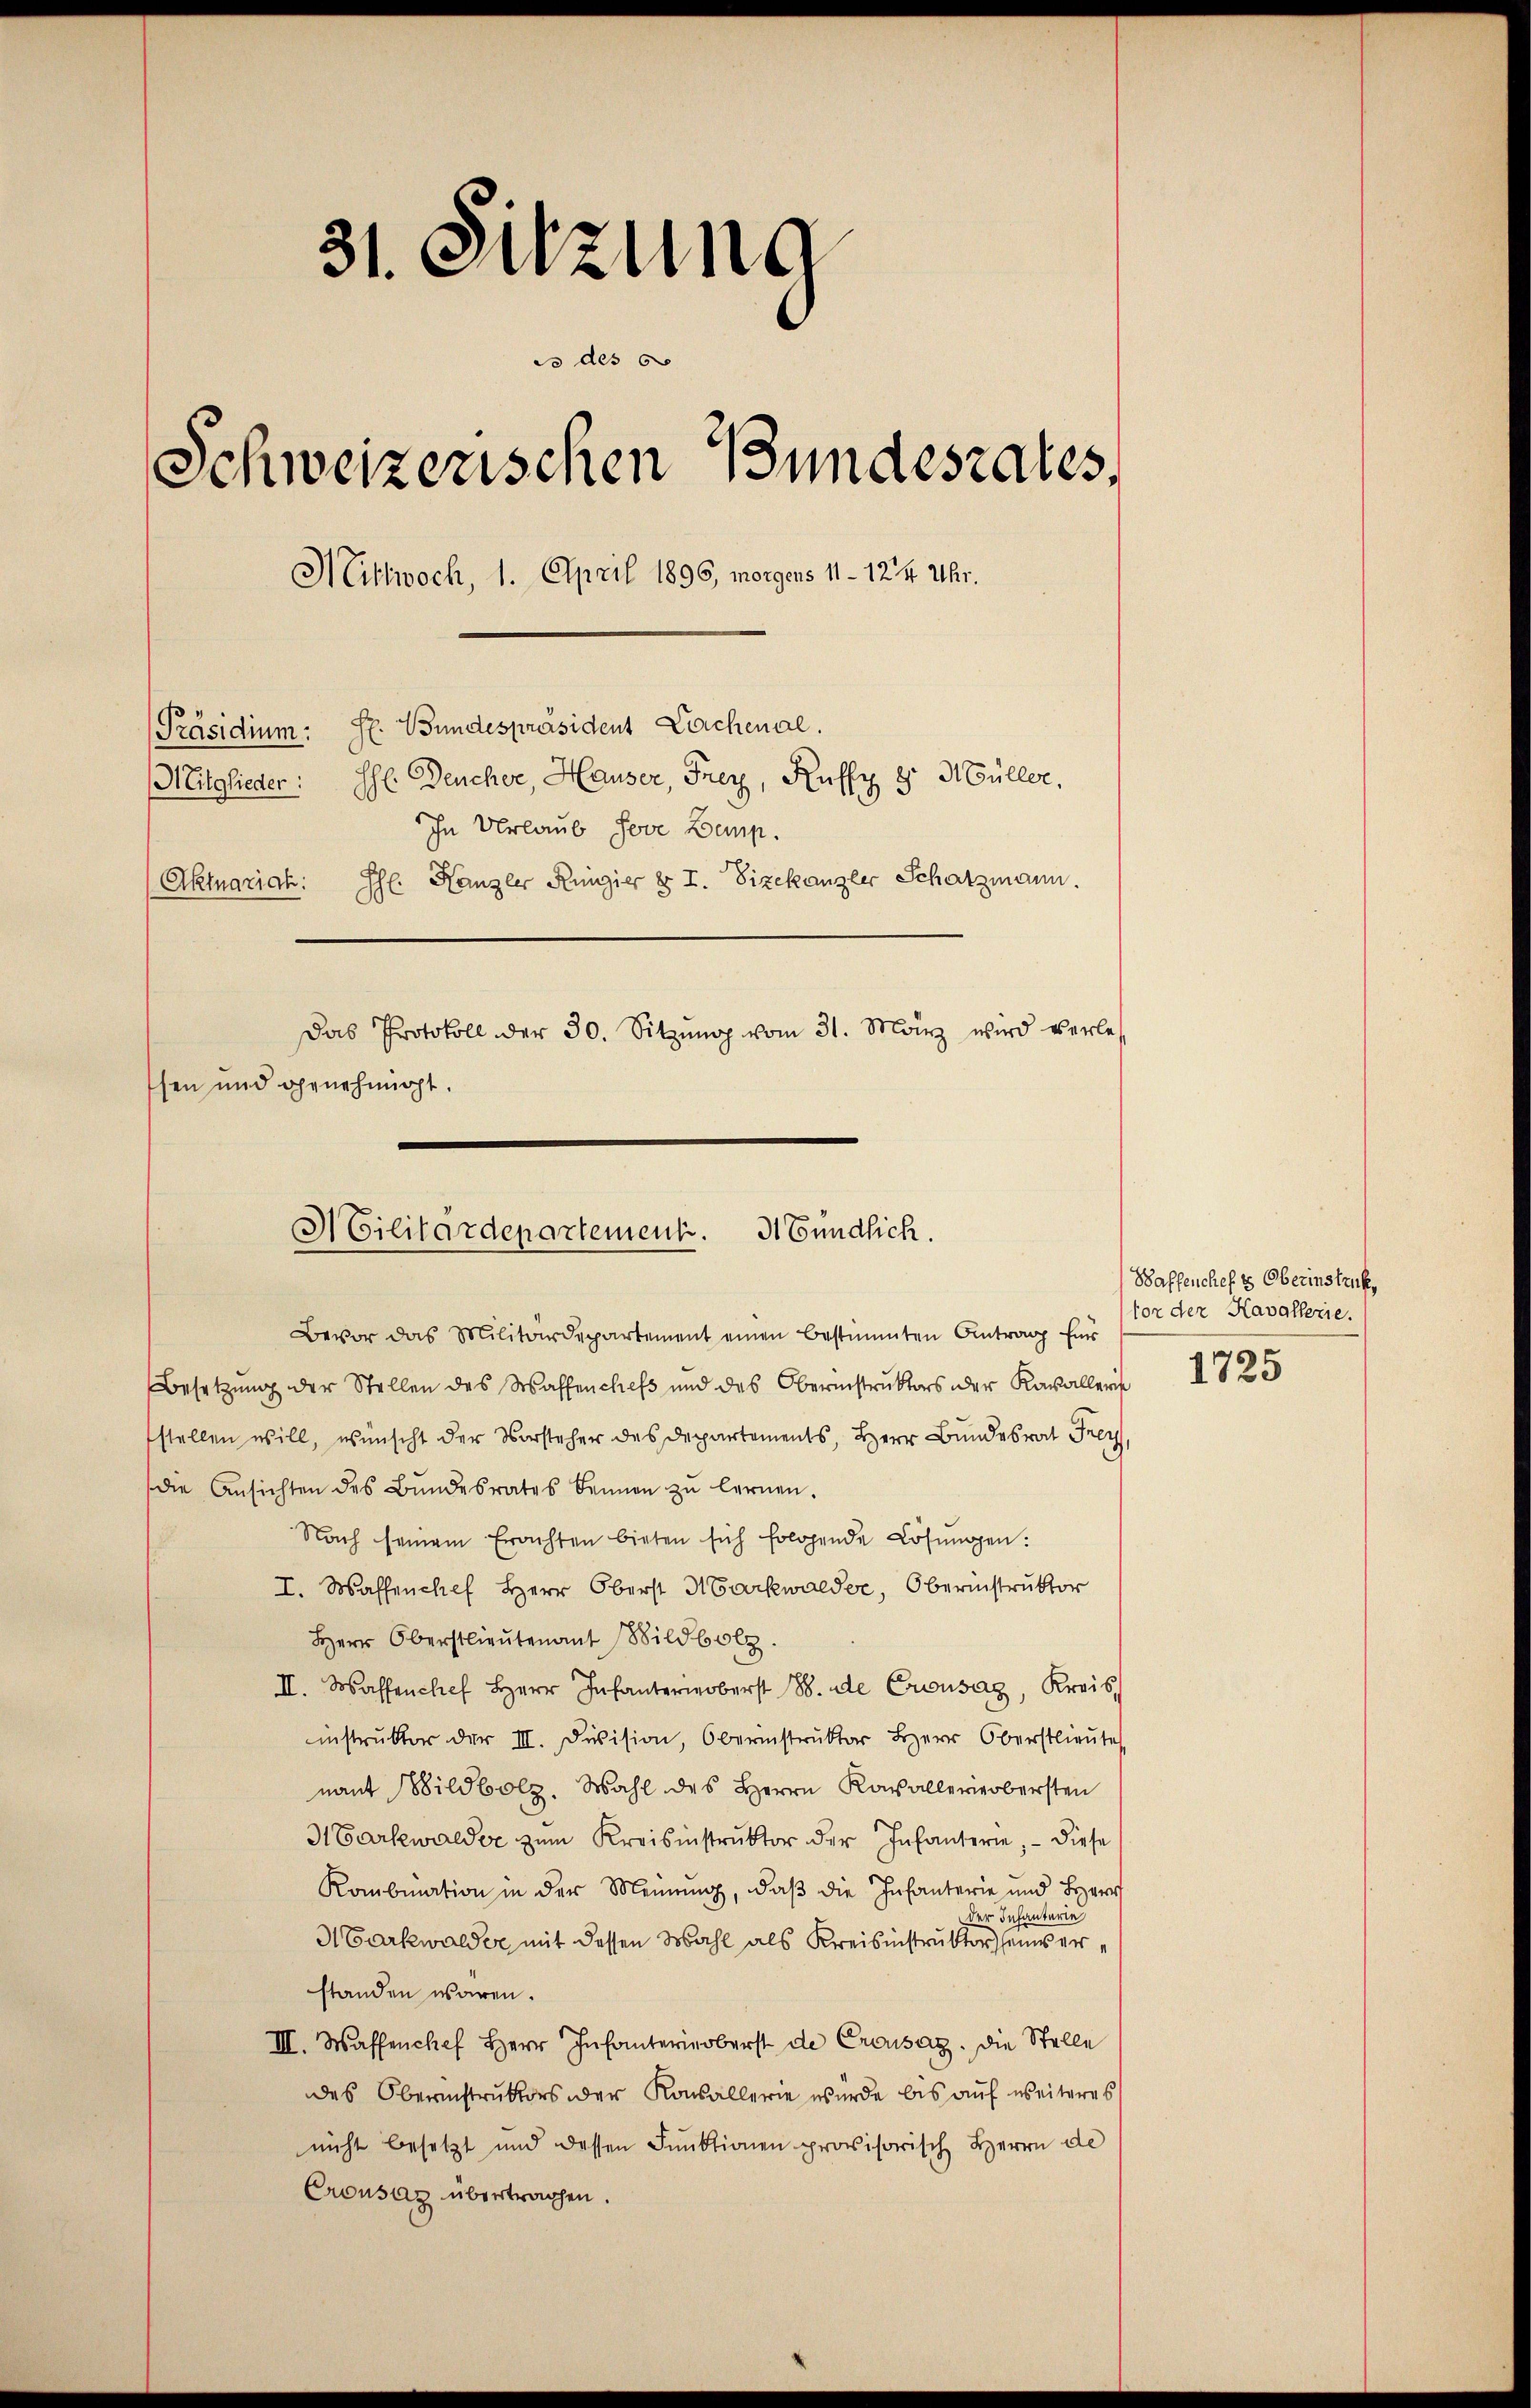
31. Sitzung
do des 6
Schweizerischen Bundesrates,
Mittwoch, 1. April 1896, morgens 11 - 12/4 Uhr.
[Präsidium: Hr. Bundespräsident Lachenal.
Mitglieder: Ihr Deucher, Hauser, Frey, Kuffy 8. Müller,
In Urlaub Jove Demp.
Aktuariat: Ihl. Kanzler Ringier § I. Zizekanzler Schatzmann.
Das Protokoll der 30. Sitzŭng vom 31. März wird verle
sen und genehmigt.

Militärdepartement. 31 Sundlich.

Bevor das Militärdepartement einen bestimmten Antrag für
Besetzŭng der Stellen des Waffenches und des Obernstruktors der Kavalleris
stellen will, wünscht der Vorsteher des Departements, Herr Bundesrat Frey,
die Ansichten des Bŭndesrates Bennen zŭ lernen.
Nach seinem Erachten bieten sich folgende Lösungen:
I. Wassenchef Herr Oberst Markwalder, Oberinstruktor
Herr Oberstlieutenant Wildbolz.
II. Wassenchef Herr Infanterberst 188. de Crousaz, Kreis,
instrŭktor der III. Division, Oberinstruktor Herr Oberstlieute
nant Wildbolz. Wahl des Herrn Kavalleriebersten
H Barkwalder zŭm Kreisinstruktor der Infanterie, - diese
Kombination in der Meinung, daß die Infanterie und Herr
der Infanterie
ABarkwalder mit dessen Mahl als Kreisinstruktor seinerstanden waren.
III. Wassenchef Herr Infanterinoberst de Crousaz. Die Stelle
des Oberinstruktors oder Konsallerie wurde bis auf weiteres
nicht besetzt und dessen Funktionen provisorisch Herrn de
Crousaz übertragen.

Waffenchef es Oberinstruk,
vor der Kavallerie.

1725